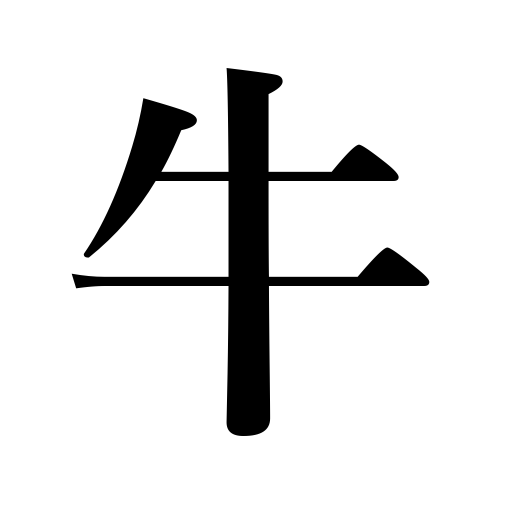
Meanings: cattle,bull,ox,beef,cow